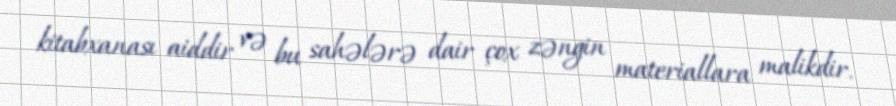
kitabxanası aiddir və bu sahələrə dair çox zəngin materiallara malikdir.